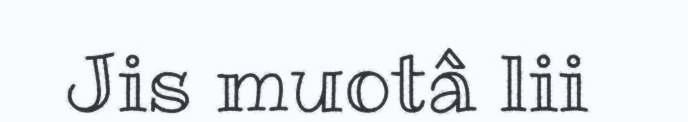
Jis muotâ lii